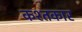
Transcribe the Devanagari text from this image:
कश्तकार